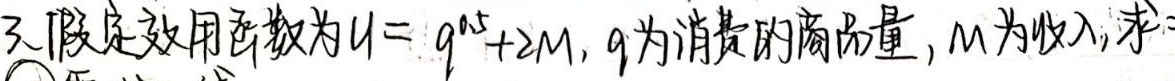
3. 假定效用函数为\(U = q^{0.5}+2M\)，\(q\)为消费的商品量，\(M\)为收入，求：